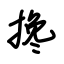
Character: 搀